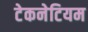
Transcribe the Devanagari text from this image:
टेकनेटियम